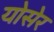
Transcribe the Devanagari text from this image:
योसेर